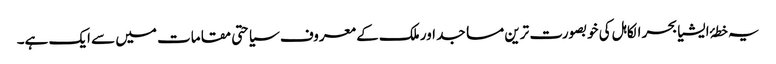
یہ خطۂ ایشیا بحر الکاہل کی خوبصورت ترین مساجد اور ملک کے معروف سیاحتی مقامات میں سے ایک ہے۔